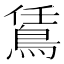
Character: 鵀